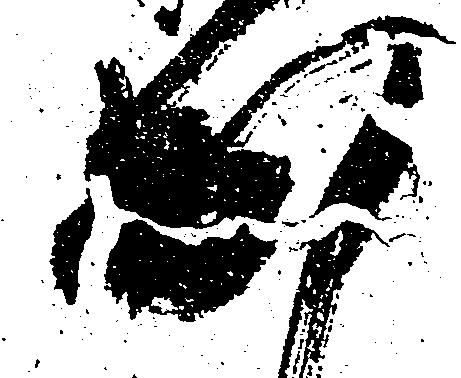
出